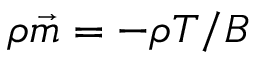
\rho \vec { m } = - \rho T / B